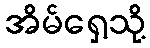
အိမ်ရှေ့သို့